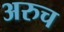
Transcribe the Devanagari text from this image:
अरुच